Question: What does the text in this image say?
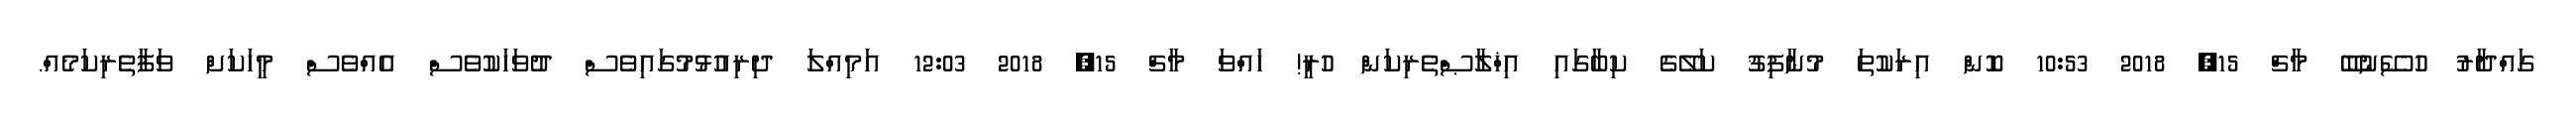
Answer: ގައްދާރު ހުސޭނުބޭ މާޗް 15, 2018 10:53 ކޮން އިރަކުތަ މުނާފިޤު ކަލޭގެ ކިބާގައި އިޚްލާޞްތެރިކަން ހުރީ! ހައްވަ މާޗް 15, 2018 12:03 އަމިއްލަ ދިރިއުޅުމުގައިވެސް ދުވަހަކުވެސް އެއްވެސް މީހަކަށް ވަފާތެރިކަމެއް.